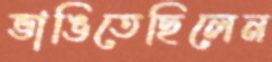
ভাঙিতেছিলেন